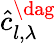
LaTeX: \hat{c}_{l,\lambda}^{\dag}